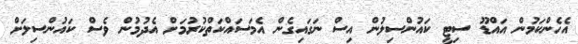
އެހެންކަމުން އައްޑޫ ސިޓީ ކައުންސިލުން އިސް ނަގައިގެން އެމަސައްކަތްކުރުމަށް އެދުމުން ވެސް ކައުންސިލަށް